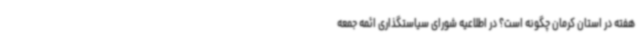
هفته در استان کرمان چگونه است؟ در اطلاعیه شورای سیاستگذاری ائمه جمعه